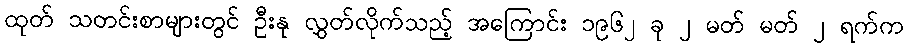
ထုတ် သတင်းစာများတွင် ဦးနု လွှတ်လိုက်သည့် အကြောင်း ၁၉၆၂ ခု ၂ မတ် မတ် ၂ ရက်က